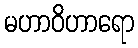
မဟာဝိဟာရော